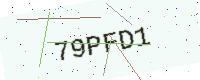
Text: 79PFD1